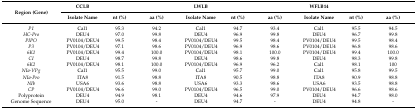
| <ROWSPAN=2> Region (Gene) | CCLB | <COLSPAN=2>  | LWLB | <COLSPAN=2>  | WFLB14 | <COLSPAN=2>  |
 | Isolate Name | nt (%) | aa (%) | Isolate Name | nt (%) | aa (%) | Isolate Name | nt (%) | aa (%) |
 | --- | --- | --- | --- | --- | --- | --- | --- | --- | --- |
 | P1 | Cal1 | 95.3 | 94.2 | Cal1 | 94.7 | 93.4 | Cal1 | 95.5 | 94.5 |
 | HC-Pro | DEU4 | 97.0 | 99.8 | DEU4 | 96.9 | 99.8 | DEU4 | 96.7 | 99.8 |
 | PIPO | PV0104/DEU4 | 99.5 | 98.4 | PV0104/DEU4 | 99.5 | 98.4 | PV0104/DEU4 | 99.5 | 98.4 |
 | P3 | PV0104/DEU4 | 97.1 | 98.6 | PV0104/DEU4 | 96.9 | 98.6 | PV0104/DEU4 | 96.8 | 98.6 |
 | 6K1 | PV0104/DEU4 | 99.4 | 100.0 | PV0104/DEU4 | 98.1 | 100.0 | PV0104/DEU4 | 99.4 | 100.0 |
 | CI | DEU4 | 98.7 | 99.8 | DEU4 | 98.6 | 99.8 | DEU4 | 98.3 | 99.8 |
 | 6K2 | PV0104/DEU4 | 98.1 | 100.0 | PV0104/DEU4 | 96.9 | 96.2 | Cal1 | 98.1 | 100 |
 | NIa-VPg | Cal1 | 95.5 | 99.0 | Cal1 | 95.7 | 99.0 | Cal1 | 95.8 | 99.5 |
 | NIa-Pro | ITA8 | 91.5 | 98.8 | ITA8 | 90.5 | 98.8 | ITA8 | 90.9 | 98.8 |
 | NIb | USA6 | 93.6 | 98.8 | USA6 | 93.3 | 98.6 | USA6 | 93.5 | 98.8 |
 | CP | PV0104/DEU4 | 96.6 | 99.0 | PV0104/DEU4 | 96.5 | 99.0 | PV0104/DEU4 | 96.6 | 98.6 |
 | Polyprotein | DEU4 | 94.9 | 98.1 | DEU4 | 94.6 | 97.9 | DEU4 | 94.7 | 98.0 |
 | Genome Sequence | DEU4 | 95.0 | - | DEU4 | 94.7 | - | DEU4 | 94.8 | - |